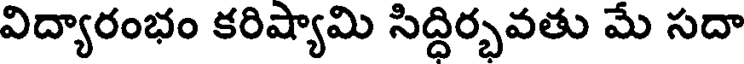
విద్యారంభం కరిష్యామి సిద్ధిర్భవతు మే సదా